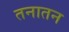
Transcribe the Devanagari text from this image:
तनातन